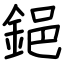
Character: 𨦺